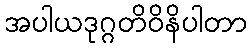
အပါယဒုဂ္ဂတိဝိနိပါတာ